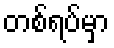
တစ်ရပ်မှာ